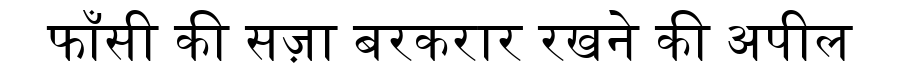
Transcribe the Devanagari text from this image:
फाँसी की सज़ा बरकरार रखने की अपील